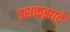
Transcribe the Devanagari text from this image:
इशकझादे